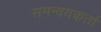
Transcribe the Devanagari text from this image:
समन्वयकर्ता